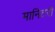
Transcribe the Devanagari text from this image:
मानिटरी